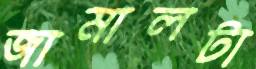
জামালটা